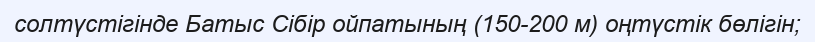
солтүстігінде Батыс Сібір ойпатының (150-200 м) оңтүстік бөлігін;